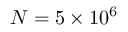
N = 5 \times 1 0 ^ { 6 }